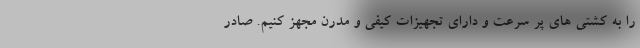
را به کشتی های پر سرعت و دارای تجهیزات کیفی و مدرن مجهز کنیم. صادر